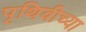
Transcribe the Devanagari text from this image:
पृथिवीच्या